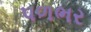
પળભર